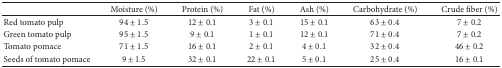
<table><thead><tr><td><b> </b></td><td><b>Moisture (%)</b></td><td><b>Protein (%)</b></td><td><b>Fat (%)</b></td><td><b>Ash (%)</b></td><td><b>Carbohydrate (%)</b></td><td><b>Crude fiber (%) </b></td></tr></thead><tbody><tr><td>Red tomato pulp</td><td>94 ± 1.5</td><td>12 ± 0.1</td><td>3 ± 0.1</td><td>15 ± 0.1</td><td>63 ± 0.4</td><td>7 ± 0.2</td></tr><tr><td>Green tomato pulp</td><td>95 ± 1.5</td><td>9 ± 0.1</td><td>1 ± 0.1</td><td>12 ± 0.1</td><td>71 ± 0.4</td><td>7 ± 0.2</td></tr><tr><td>Tomato pomace</td><td>71 ± 1.5</td><td>16 ± 0.1</td><td>2 ± 0.1</td><td>4 ± 0.1</td><td>32 ± 0.4</td><td>46 ± 0.2</td></tr><tr><td>Seeds of tomato pomace</td><td>9 ± 1.5</td><td>32 ± 0.1</td><td>22 ± 0.1</td><td>5 ± 0.1</td><td>25 ± 0.4</td><td>16 ± 0.1</td></tr></tbody></table>